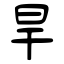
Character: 旱